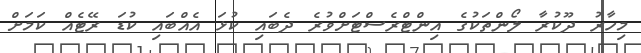
މިހާރު ދޫކުރާ ލޯންތަކުގެ އިންޓްރެސްޓަށްވުރެ ދެބައި ކުޅަ އެއްބައި ކުޑަ ރޭޓެއް ކަމަށް